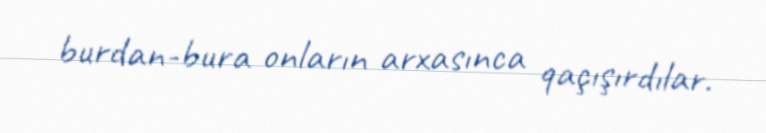
burdan-bura onların arxasınca qaçışırdılar.